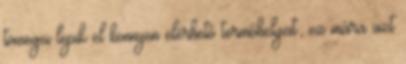
tömegei lepik el könnyen elérhető termőhelyeit; ez mára azt